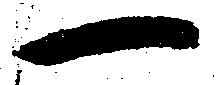
一